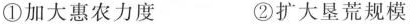
①加大惠农力度 ②扩大垦荒规模